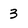
Character: 3